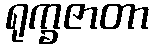
ရုက္ခဇာတာ